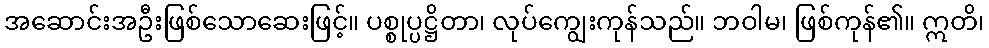
အဆောင်းအဦးဖြစ်သောဆေးဖြင့်။ ပစ္စုပ္ပဋ္ဌိတာ၊ လုပ်ကျွေးကုန်သည်။ ဘဝါမ၊ ဖြစ်ကုန်၏။ ဣတိ၊